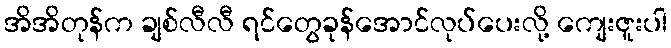
အိအိတုန်က ချစ်လီလီ ရင်တွေခုန်အောင်လုပ်ပေးလို့ ကျေးဇူးပါ